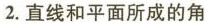
2.直线和平面所成的角